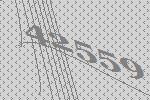
42559